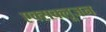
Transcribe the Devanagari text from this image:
एक्सक्लूजन